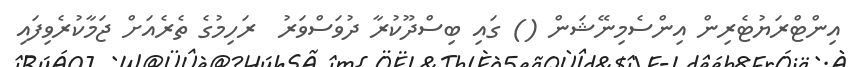
އިންޓްރަޔުޓެރިން އިންސެމިނޭޝަން () ގައި ބިސްދޫކުރާ ދުވަސްވަރު  ރަހިމުގެ ތެރެއަށް ޖަމާކުރެވިފައި